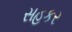
સહકર